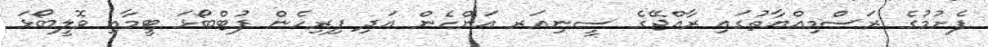
ފެށުމުގެ ރަސްމިއްޔާތުގައި ރާއްޖޭގެ ސީނިއަރ އަންހެން އަދި ފިރިހެން ފުޓްބޯޅަ ޓީމާއި ވޮލީބޯޅަ